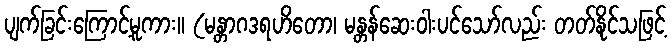
ပျက်ခြင်းကြောင့်မူကား။ (မန္တာဂဒရဟိတော၊ မန္တန်ဆေးဝါးပင်သော်လည်း တတ်နိုင်သဖြင့်